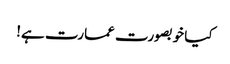
کیا خوبصورت عمارت ہے!